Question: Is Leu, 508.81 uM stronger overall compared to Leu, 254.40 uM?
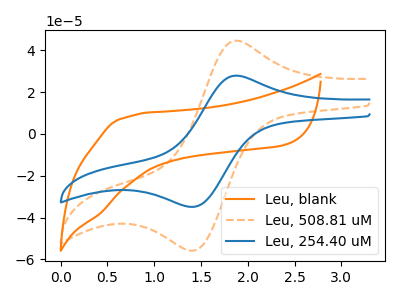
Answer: <think>The orange curve "Leu, blank" has no peaks. The orange dashed curve "Leu, 508.81 uM" has an anodic peak at (1.90V, 44.60uA) and a cathodic peak at (1.45V, -55.80uA). The blue curve "Leu, 254.40 uM" has an anodic peak at (1.90V, 27.85uA) and a cathodic peak at (1.45V, -34.90uA).
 All the peaks in "Leu, 508.81 uM" have a peak in "Leu, 254.40 uM" at the same potential. Every peak in "Leu, 508.81 uM" is higher than every peak in "Leu, 254.40 uM".</think>
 <answer>"Leu, 508.81 uM" has more signal than "Leu, 254.40 uM".</answer>
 <eval>more_signal</eval>